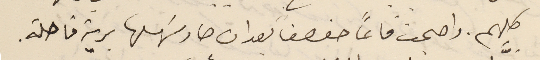
كلهم. واصبحت قاعاً صفصفًا بعد ان صار سهلها برية قاحلة.